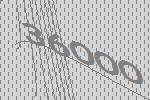
36000